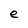
Character: e